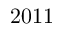
2 0 1 1